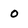
Character: 0